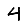
Digit: 4